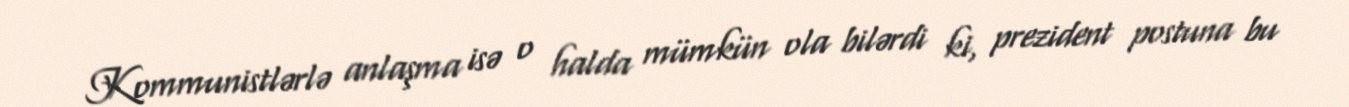
Kommunistlərlə anlaşma isə o halda mümkün ola bilərdi ki, prezident postuna bu